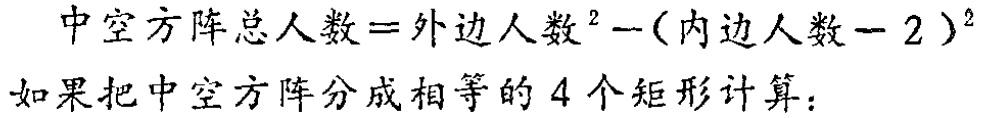
中空方阵总人数=外边人数$^{2}-$(内边人数$-2)^{2}$

如果把中空方阵分成相等的 4 个矩形计算：